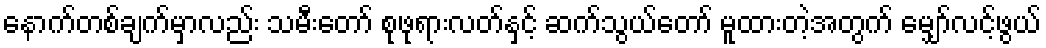
နောက်တစ်ချက်မှာလည်း သမီးတော် စုဖုရားလတ်နှင့် ဆက်သွယ်တော် မူထားတဲ့အတွက် မျှော်လင့်ဖွယ်